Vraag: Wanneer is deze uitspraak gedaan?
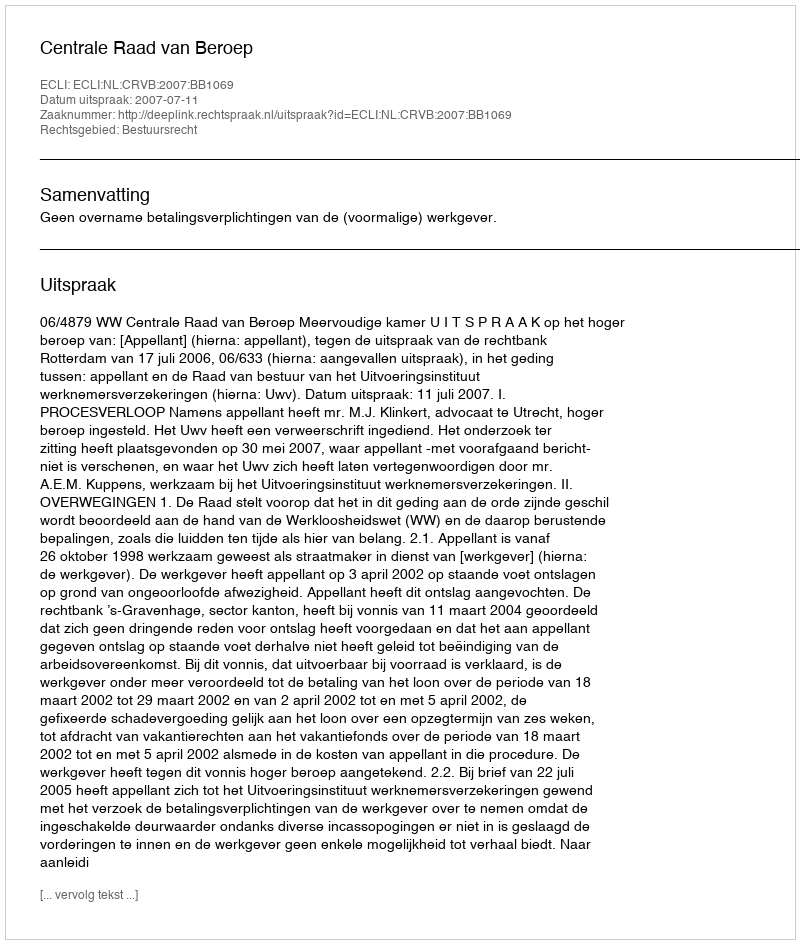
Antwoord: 2007-07-11